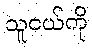
သူငယ်ကို